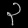
Digit: ၃